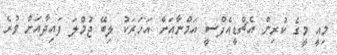
މިއީ މީގެ ކުރިން އެޗްޑީއެފްސީ އަމްނާއަށް އަހަރަކު ލިބޭ ޖުމްލަ ފައިދާއަށް ވުރެ